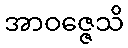
အာဝဇ္ဇေသိ